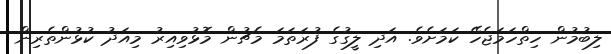
ލިބުމުން ހިތްހަމަޖެހޭ ކަމަށެވެ. އަދި ލީގުގެ ފުރަތަމަ މެޗުން މޮޅުވިއިރު މިއަދު ކުޅުންތެރިން